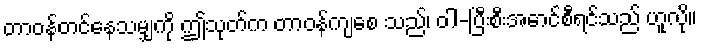
တာဝန်တင်နေသမျှကို ဤသုတ်က တာဝန်ကျစေ သည်၊ ဝါ-ပြီးစီးအောင်စီရင်သည် ဟူလို။